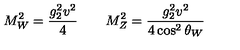
M _ { W } ^ { 2 } = { \frac { g _ { 2 } ^ { 2 } v ^ { 2 } } { 4 } } \qquad M _ { Z } ^ { 2 } = { \frac { g _ { 2 } ^ { 2 } v ^ { 2 } } { 4 \cos ^ { 2 } \theta _ { W } } }